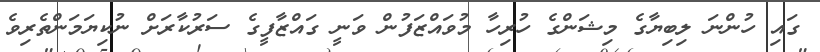
ގައި ހުންނަ ލިބިޔާގެ މިޝަންގެ ހުރިހާ މުވައްޒަފުން ވަނީ ގައްޒާފީގެ ސަރުކާރަށް ނުކިޔަމަންތެރިވެ